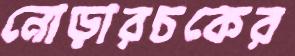
নোড়ারচকের